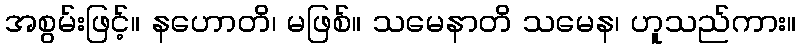
အစွမ်းဖြင့်။ နဟောတိ၊ မဖြစ်။ သမေနာတိ သမေန၊ ဟူသည်ကား။